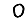
Digit: 0